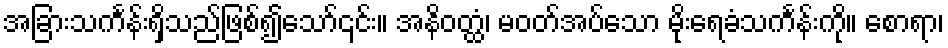
အခြားသင်္ကန်းရှိသည်ဖြစ်၍သော်၎င်း။ အနိဝတ္ထံ၊ မဝတ်အပ်သော မိုးရေခံသင်္ကန်းကို။ စောရာ၊